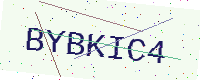
Text: BYBKIC4